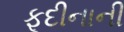
ફૂદીનાની